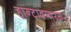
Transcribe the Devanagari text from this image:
हान्टावायरस